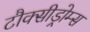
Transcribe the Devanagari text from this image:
टौक्सीड्रोम्स